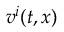
v ^ { i } ( t , \boldsymbol { x } )